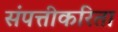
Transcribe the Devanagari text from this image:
संपत्तीकरिता